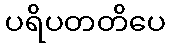
ပရိပတတိပေ